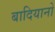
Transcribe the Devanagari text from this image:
बादियानो